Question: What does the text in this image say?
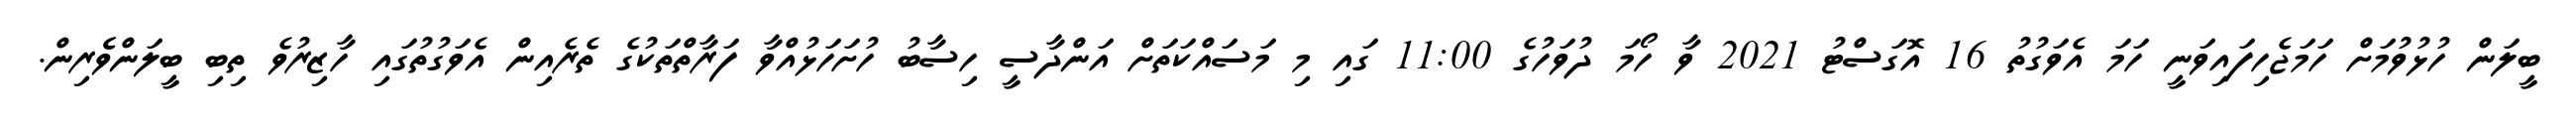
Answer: ބީލަން ހުޅުވުމަށް ހަމަޖެހިފައިވަނީ ހަމަ އެވަގުތު 16 އޮގަސްޓު 2021 ވާ ހޯމަ ދުވަހުގެ 11:00 ގައި މި މަސައްކަތަށް އަންދާސީ ހިސާބު ހުށަހަޅުއްވާ ފަރާތްތަކުގެ ތެރެއިން އެވަގުތުގައި ހާޒިރުވެ ތިބި ބީލަންވެެރިން.